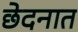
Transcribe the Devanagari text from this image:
छेदनात